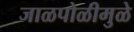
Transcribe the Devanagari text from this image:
जाळपोळीमुळे